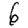
Digit: 6